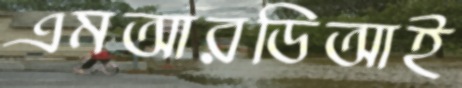
এমআরডিআই